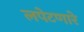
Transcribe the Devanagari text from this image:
लपेटणारे